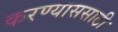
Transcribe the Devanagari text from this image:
करण्याससाठी